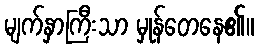
မျက်နှာကြီးသာ မှုန်တေနေ၏။